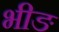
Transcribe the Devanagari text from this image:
भीङ